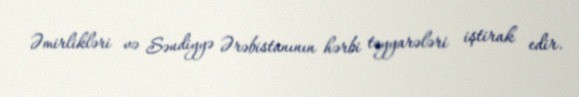
Əmirlikləri və Səudiyyə Ərəbistanının hərbi təyyarələri iştirak edir.